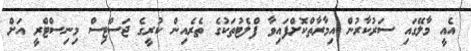
އެއީ މާލޭގައި ސަރުކާރުން އިމާރާތްކޮށްފައިވާ ފްލެޓުތަކުގެ ތެރެއިން ކުރީގެ ޖަސްޓިސް މިނިސްޓްރީ އަށް